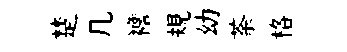
楚几襜規幼荼格